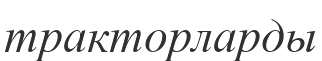
тракторларды